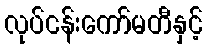
လုပ်ငန်းကော်မတီနှင့်